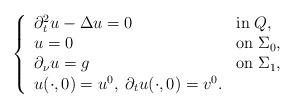
LaTeX: \begin{align*}\left\{\begin{array}{lll}\partial _t^2 u - \Delta u = 0 \;\; &\textrm{in}\; Q, \\u = 0 &\textrm{on}\; \Sigma _0, \\\partial _\nu u =g &\textrm{on}\; \Sigma _1, \\u(\cdot ,0) = u^0,\; \partial_t u (\cdot ,0) = v^0.\end{array}\right.\end{align*}